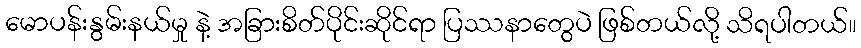
မောပန်းနွမ်းနယ်မှု နဲ့ အခြားစိတ်ပိုင်းဆိုင်ရာ ပြဿနာတွေပဲ ဖြစ်တယ်လို့ သိရပါတယ်။